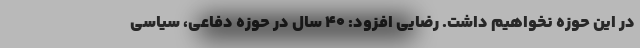
در این حوزه نخواهیم داشت. رضایی افزود: ۴۰ سال در حوزه دفاعی، سیاسی